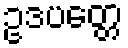
ဥဒပတ္တေ